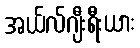
အယ်လ်ဂျီးရီးယား